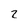
Character: 2